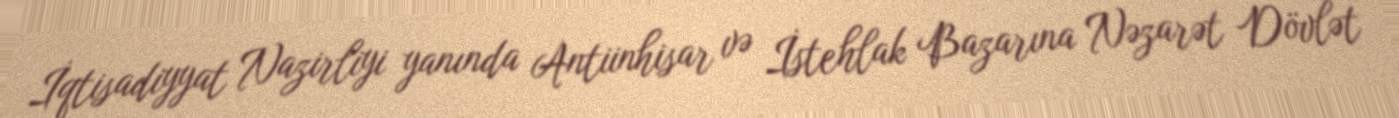
İqtisadiyyat Nazirliyi yanında Antiinhisar və İstehlak Bazarına Nəzarət Dövlət